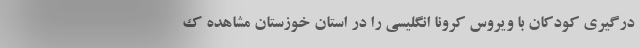
درگیری کودکان با ویروس کرونا انگلیسی را در استان خوزستان مشاهده ک